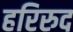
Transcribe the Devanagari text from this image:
हरिरुद